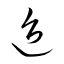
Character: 迨